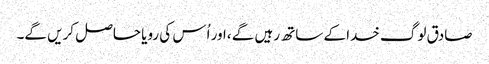
صادق لوگ خدا کے ساتھ رہیں گے ،اور اُس کی رویا حاصل کریں گے۔